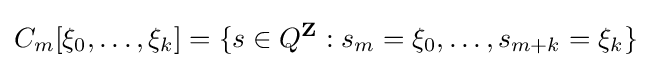
C_{m}[\xi _{0},\ldots ,\xi _{k}]=\{s\in Q^{\mathbf {Z} }:s_{m}=\xi _{0},\ldots ,s_{m+k}=\xi _{k}\}